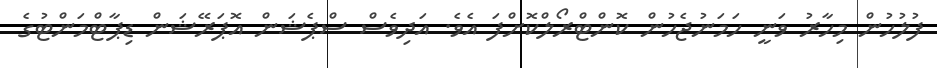
ފުލުހުން މިހާރު ވަނީ ހަމަނުޖެހުން ކޮންޓްރޯލްކޮށްފަ އެވެ. އަދިވެސް ސްޕެޝަަން އޮޕަރޭޝަން ޑިޕާޓްމަންޓުގެ